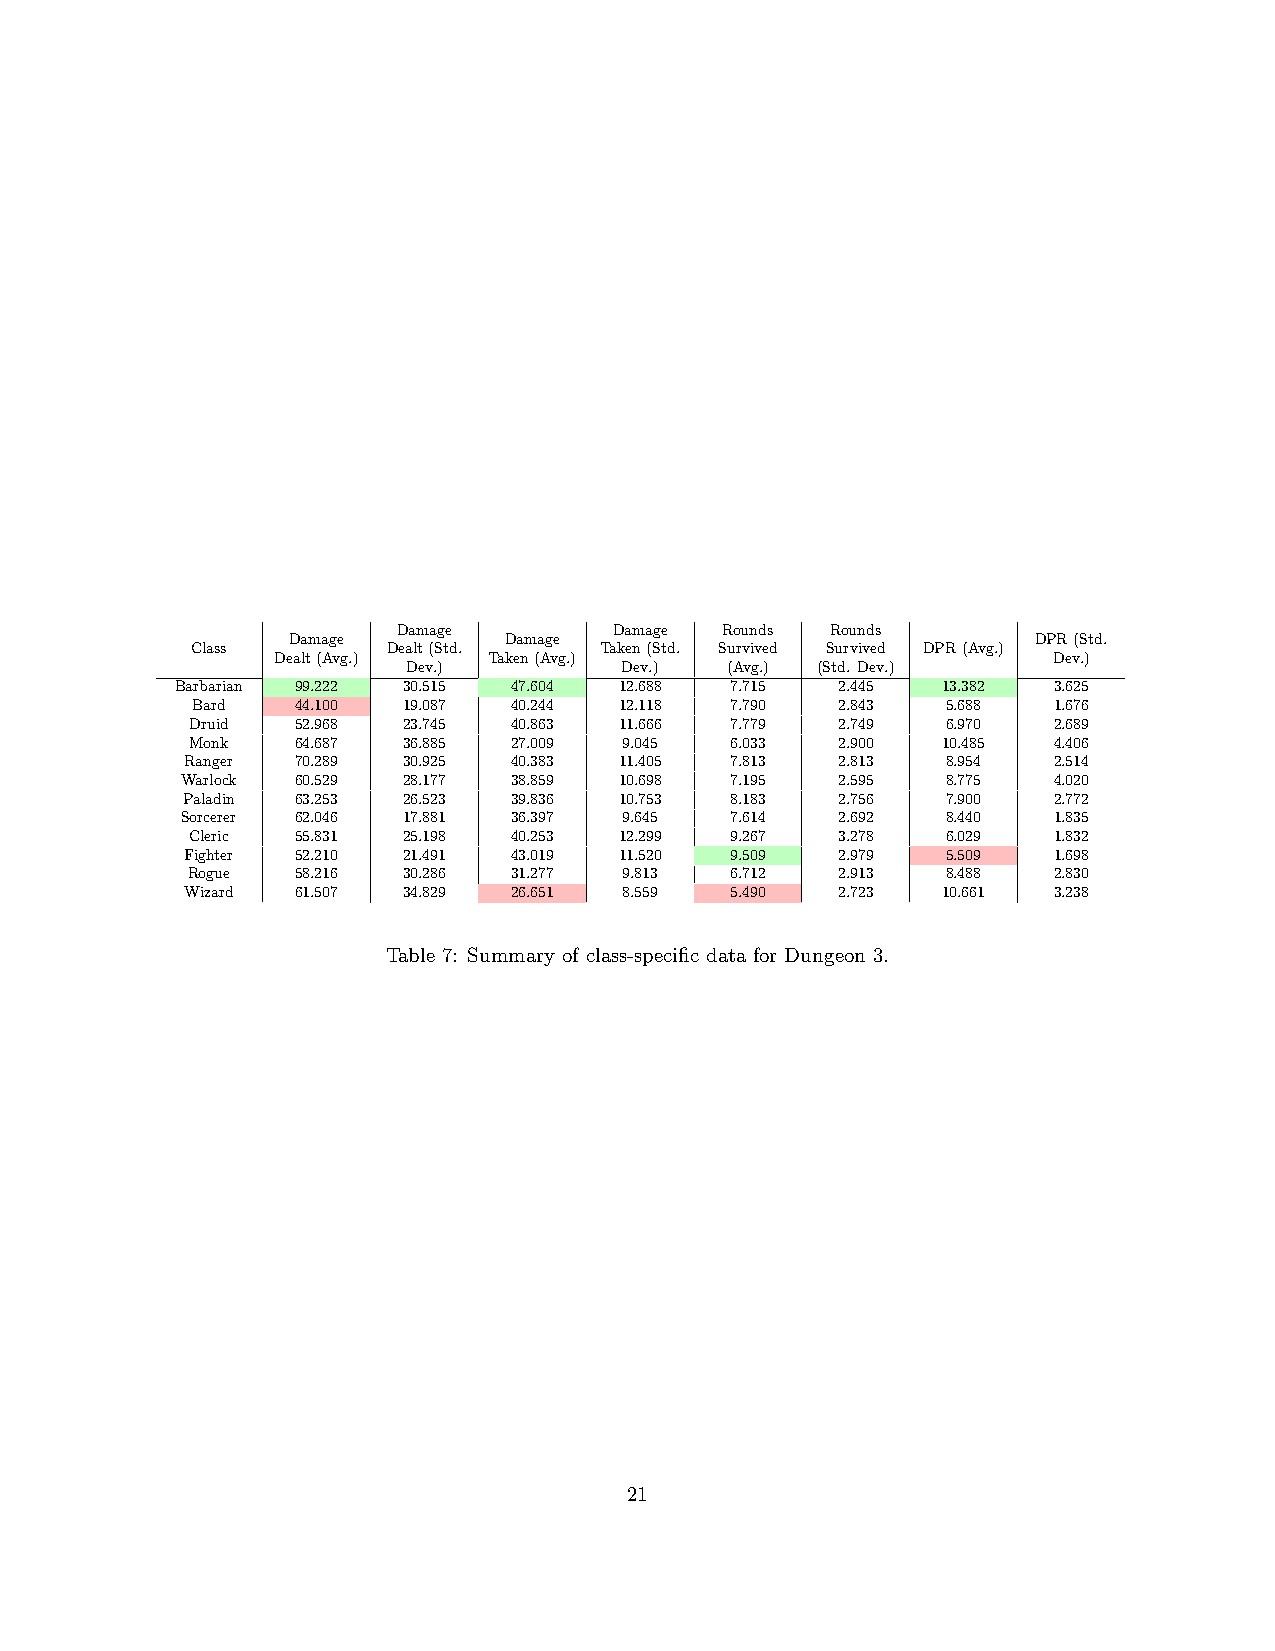
Damage         Damage Rounds Rounds
 Damage        Damage                              DPR(Std.
 Class        Dealt(Std.    Taken(Std. Survived Survived DPR(Avg.)
 Dealt(Avg.)   Taken(Avg.)                           Dev.)
 Dev.)         Dev.)  (Avg.) (Std. Dev.)
 Barbarian 99.222 30.515 47.604 12.688 7.715 2.445 13.382  3.625
 Bard   44.100 19.087 40.244 12.118 7.790  2.843   5.688  1.676
 Druid  52.968 23.745 40.863 11.666 7.779  2.749   6.970  2.689
 Monk   64.687 36.885 27.009 9.045  6.033  2.900  10.485  4.406
 Ranger  70.289 30.925 40.383 11.405 7.813  2.813   8.954  2.514
 Warlock 60.529 28.177 38.859 10.698 7.195  2.595   8.775  4.020
 Paladin 63.253 26.523 39.836 10.753 8.183  2.756   7.900  2.772
 Sorcerer 62.046 17.881 36.397 9.645 7.614  2.692   8.440  1.835
 Cleric 55.831 25.198 40.253 12.299 9.267  3.278   6.029  1.832
 Fighter 52.210 21.491 43.019 11.520 9.509  2.979   5.509  1.698
 Rogue   58.216 30.286 31.277 9.813  6.712  2.913   8.488  2.830
 Wizard  61.507 34.829 26.651 8.559  5.490  2.723  10.661  3.238
 Table 7: Summary of class-specific data for Dungeon 3.
 21